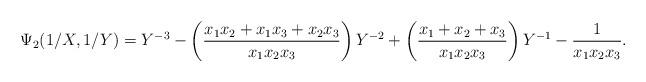
LaTeX: \begin{align*}\Psi_{2}(1/X, 1/Y)&= Y^{-3} - \left (\frac{x_{1} x_{2} + x_{1} x_{3} + x_{2} x_{3}}{x_{1} x_{2} x_{3}} \right ) Y^{-2} + \left ( \frac{ x_{1} + x_{2} + x_{3}}{x_{1} x_{2} x_{3}} \right )Y^{-1} - \frac{1}{x_{1} x_{2} x_{3}}.\end{align*}